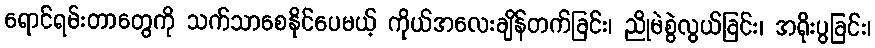
ရောင်ရမ်းတာတွေကို သက်သာစေနိုင်ပေမယ့် ကိုယ်အလေးချိန်တက်ခြင်း၊ ညိုမဲစွဲလွယ်ခြင်း၊ အရိုးပွခြင်း၊